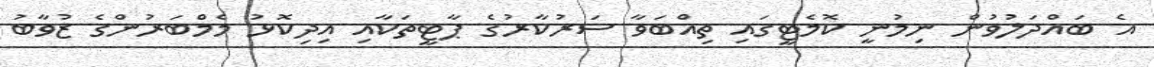
އެ ބައްދަލުވުން ނިމުނީ ކޮމެޓީގައި ތިއްބަވާ ސަރުކާރުގެ ޕާޓީތަކާއި އިދިކޮޅު މެމްބަރުންގެ ޒުވާބު